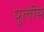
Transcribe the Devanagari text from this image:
पुलीय